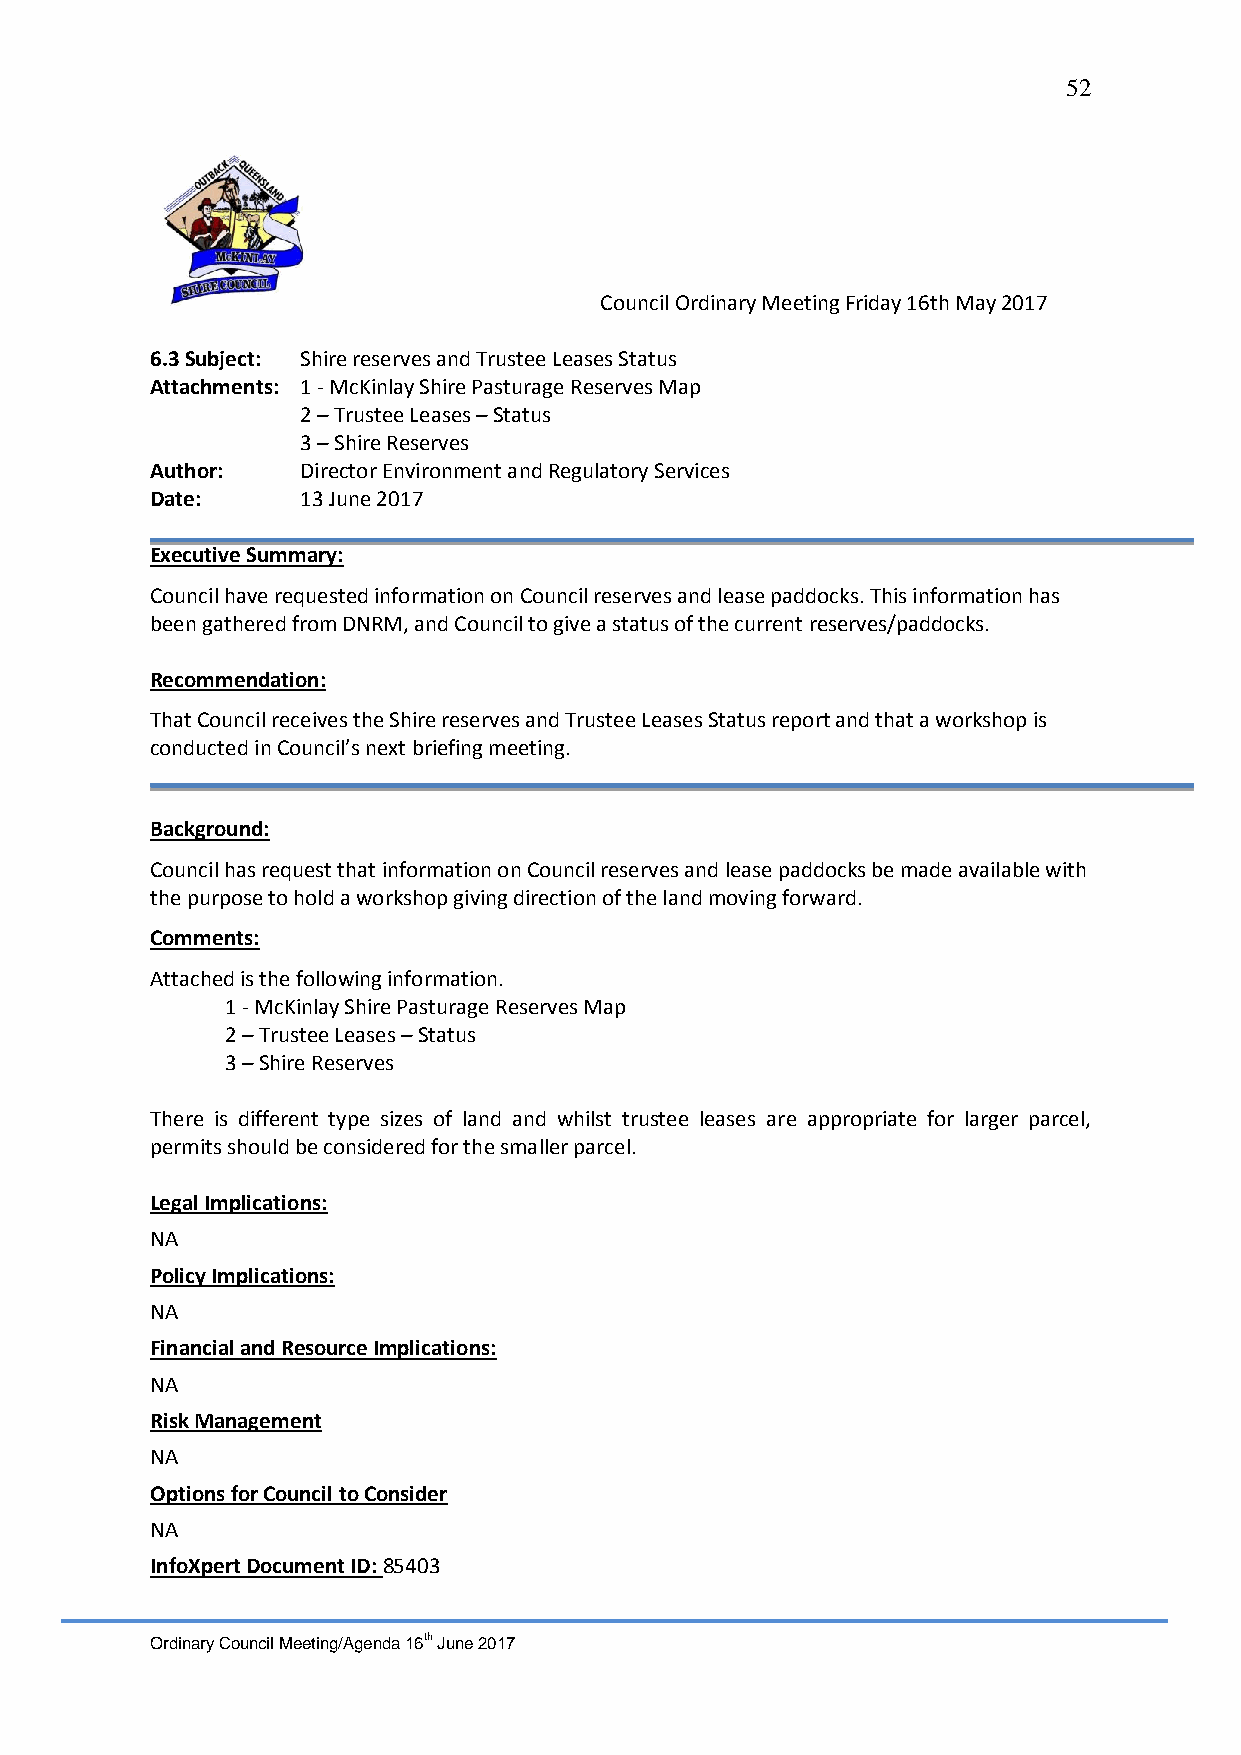
52
 Council Ordinary Meeting Friday 16th May 2017
 6.3 Subject: Shire reserves and Trustee Leases Status
 Attachments: 1 - McKinlay Shire Pasturage Reserves Map
 2 – Trustee Leases – Status
 3 – Shire Reserves
 Author:   Director Environment and Regulatory Services
 Date:     13 June 2017
 Executive Summary:
 Council have requested information on Council reserves and lease paddocks. This information has
 been gathered from DNRM, and Council to give a status of the current reserves/paddocks.
 Recommendation:
 That Council receives the Shire reserves and Trustee Leases Status report and that a workshop is
 conducted in Council’s next briefing meeting.
 Background:
 Council has request that information on Council reserves and lease paddocks be made available with
 the purpose to hold a workshop giving direction of the land moving forward.
 Comments:
 Attached is the following information.
 1 - McKinlay Shire Pasturage Reserves Map
 2 – Trustee Leases – Status
 3 – Shire Reserves
 There is different type sizes of land and whilst trustee leases are appropriate for larger parcel,
 permits should be considered for the smaller parcel.
 Legal Implications:
 NA
 Policy Implications:
 NA
 Financial and Resource Implications:
 NA
 Risk Management
 NA
 Options for Council to Consider
 NA
 InfoXpert Document ID: 85403
 Ordinary Council Meeting/Agenda 16th June 2017